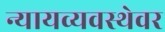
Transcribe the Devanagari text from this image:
न्यायव्यवस्थेवर